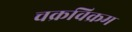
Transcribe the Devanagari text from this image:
चक्रविक्रम